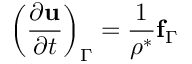
\left( \frac { \partial \mathbf { u } } { \partial t } \right) _ { \Gamma } = \frac { 1 } { \rho ^ { * } } \mathbf { f } _ { \Gamma }